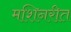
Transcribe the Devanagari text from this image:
मशिनरीत